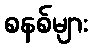
စနစ်များ